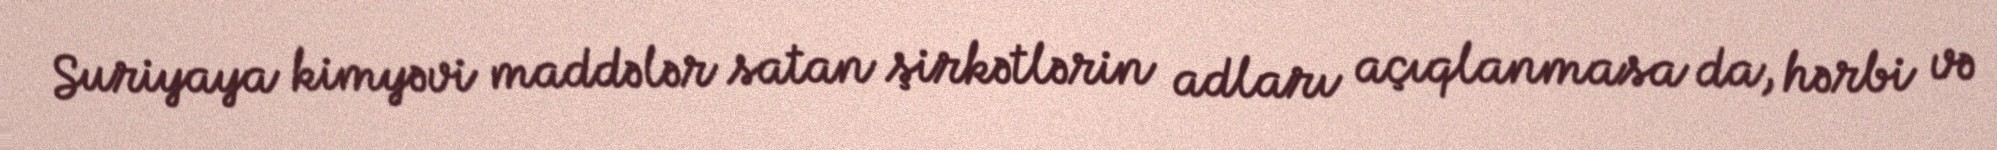
Suriyaya kimyəvi maddələr satan şirkətlərin adları açıqlanmasa da, hərbi və